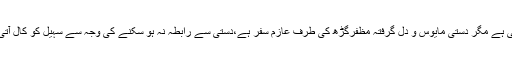
اب پریذیڈنٹ ہاؤس سے دستی سے رابطے کی کوشش ہوتی ہے مگر دستی مایوس و دل گرفتہ مظفرگڑھ کی طرف عازمِ سفر ہے،دستی سے رابطہ نہ ہو سکنے کی وجہ سے سہیل کو کال آتی ہے کہ دستی سے کہیں فوراً پریذیڈنٹ ہاؤس رابطہ کریں۔